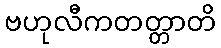
ဗဟုလီကတတ္တာတိ